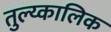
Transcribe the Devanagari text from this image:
तुल्य्कालिक